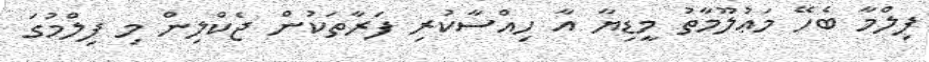
ފިލްމާ ބެހޭ މަޢުލޫމާތު މީޑިޔާ އާ ހިއްސާކުރި ފަރާތަކުން ޖެކްލިން މި ފިލްމުގަ